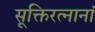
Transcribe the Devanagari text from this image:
सूक्तिरत्नानां